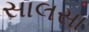
સાલસા